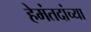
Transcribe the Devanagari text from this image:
हेमंतदांच्या